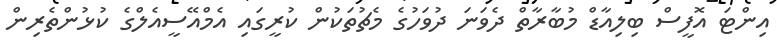
އިންޓަ އޮފީސް ބިލިއާޑް މުބާރާތް ދެވަނަ ދުވަހުގެ މެޗުތަކުން ކުރީގައި އެމްއޭސީއެލްގެ ކުޅުންތެރިން